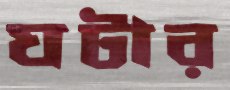
ঘটার